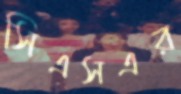
সিএসএর